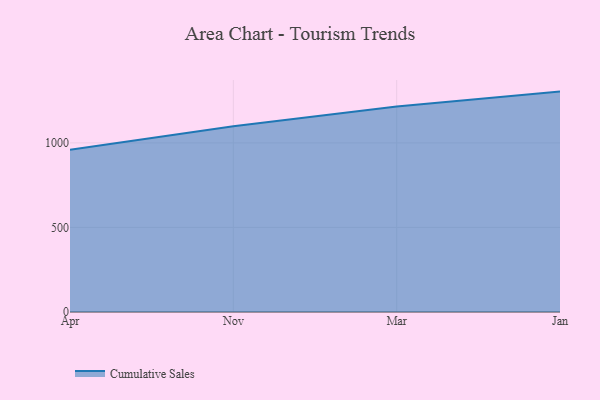
{"axis": {"x": "Month", "y": "Net Income (USD K)"}, "legend": ["Cumulative Sales"], "data": [{"x": "Apr", "y": 959.5, "type": "Cumulative Sales"}, {"x": "Nov", "y": 1098.6, "type": "Cumulative Sales"}, {"x": "Mar", "y": 1215.5, "type": "Cumulative Sales"}, {"x": "Jan", "y": 1303.3, "type": "Cumulative Sales"}]}